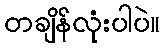
တချိန်လုံးပါပဲ။